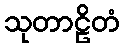
သုတာဠိတံ